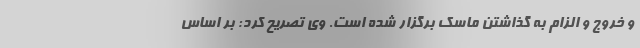
و خروج و الزام به گذاشتن ماسک برگزار شده است. وی تصریح کرد: بر اساس